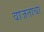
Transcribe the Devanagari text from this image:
वाजताचा